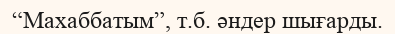
“Махаббатым”, т.б. әндер шығарды.